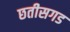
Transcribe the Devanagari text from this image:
छतीसगड